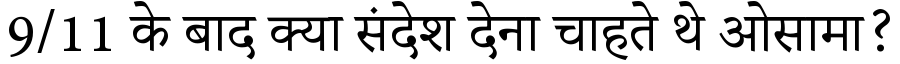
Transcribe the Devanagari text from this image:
9/11 के बाद क्या संदेश देना चाहते थे ओसामा?